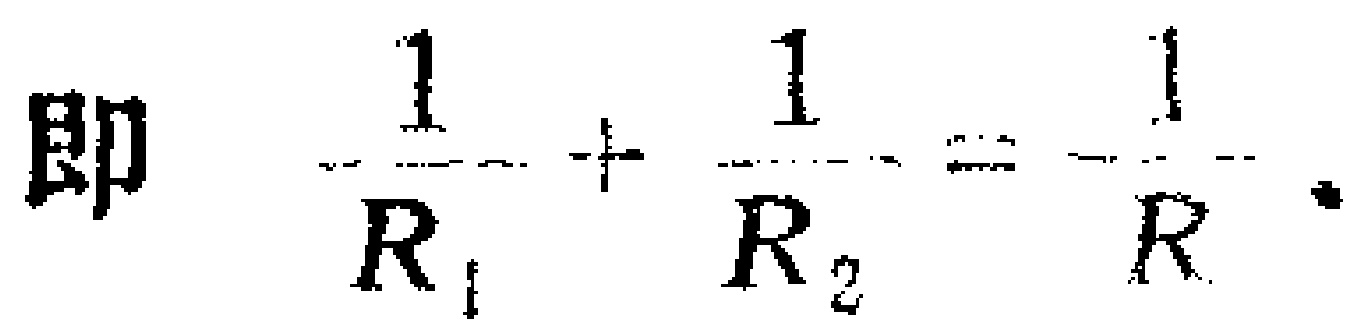
即 $\frac{1}{R_{1}} + \frac{1}{R_{2}} = \frac{1}{R}.$